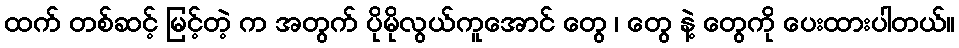
ထက် တစ်ဆင့် မြင့်တဲ့ က အတွက် ပိုမိုလွယ်ကူအောင် တွေ ၊ တွေ နဲ့ တွေကို ပေးထားပါတယ်။